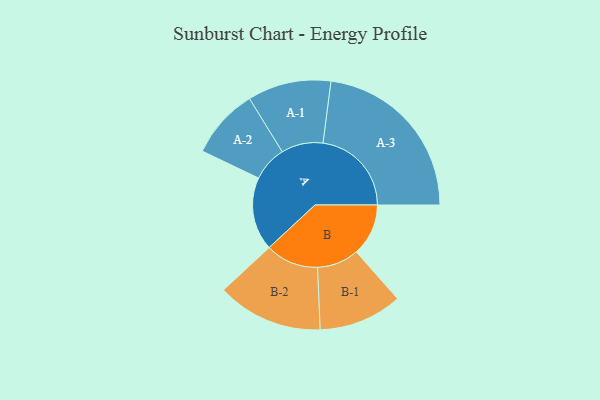
{"axis": {"x": "Segment", "y": "Value"}, "legend": ["", "A", "B"], "data": [{"x": "A", "y": 221, "type": ""}, {"x": "B", "y": 157, "type": ""}, {"x": "A-1", "y": 126, "type": "A"}, {"x": "A-2", "y": 106, "type": "A"}, {"x": "A-3", "y": 267, "type": "A"}, {"x": "B-1", "y": 126, "type": "B"}, {"x": "B-2", "y": 160, "type": "B"}]}